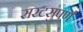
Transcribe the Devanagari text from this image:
सरटसुपर्ण